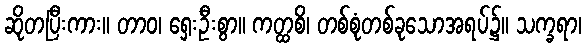
ဆိုတပြီးကား။ တာဝ၊ ရှေးဦးစွာ။ ကတ္ထစိ၊ တစ်စုံတစ်ခုသောအရပ်၌။ သက္ခရာ၊